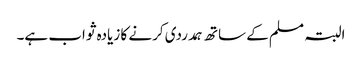
البتہ مسلم کے ساتھ ہمدردی کرنے کا زیادہ ثواب ہے۔